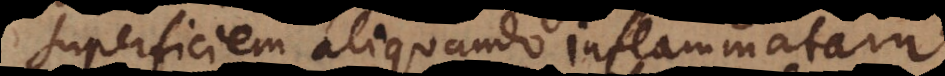
superficiem aliquando inflammatam